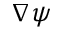
\nabla \psi